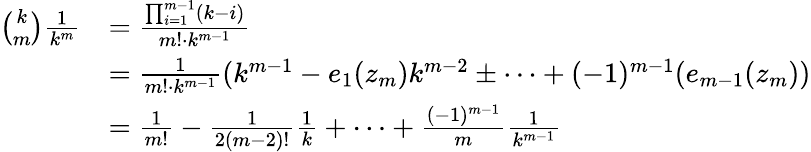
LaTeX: \begin{array}{rl}{{\binom{k}{m}}\frac{1}{k^{m}}}&{=\frac{\prod_{i=1}^{m-1}(k-i)}{m!\cdot k^{m-1}}}\\ &{=\frac{1}{m!\cdot k^{m-1}}(k^{m-1}-e_{1}(z_{m})k^{m-2}\pm\cdots+(-1)^{m-1}(e_{m-1}(z_{m}))}\\ &{=\frac{1}{m!}-\frac{1}{2(m-2)!}\frac{1}{k}+\cdots+\frac{(-1)^{m-1}}{m}\frac{1}{k^{m-1}}}\end{array}